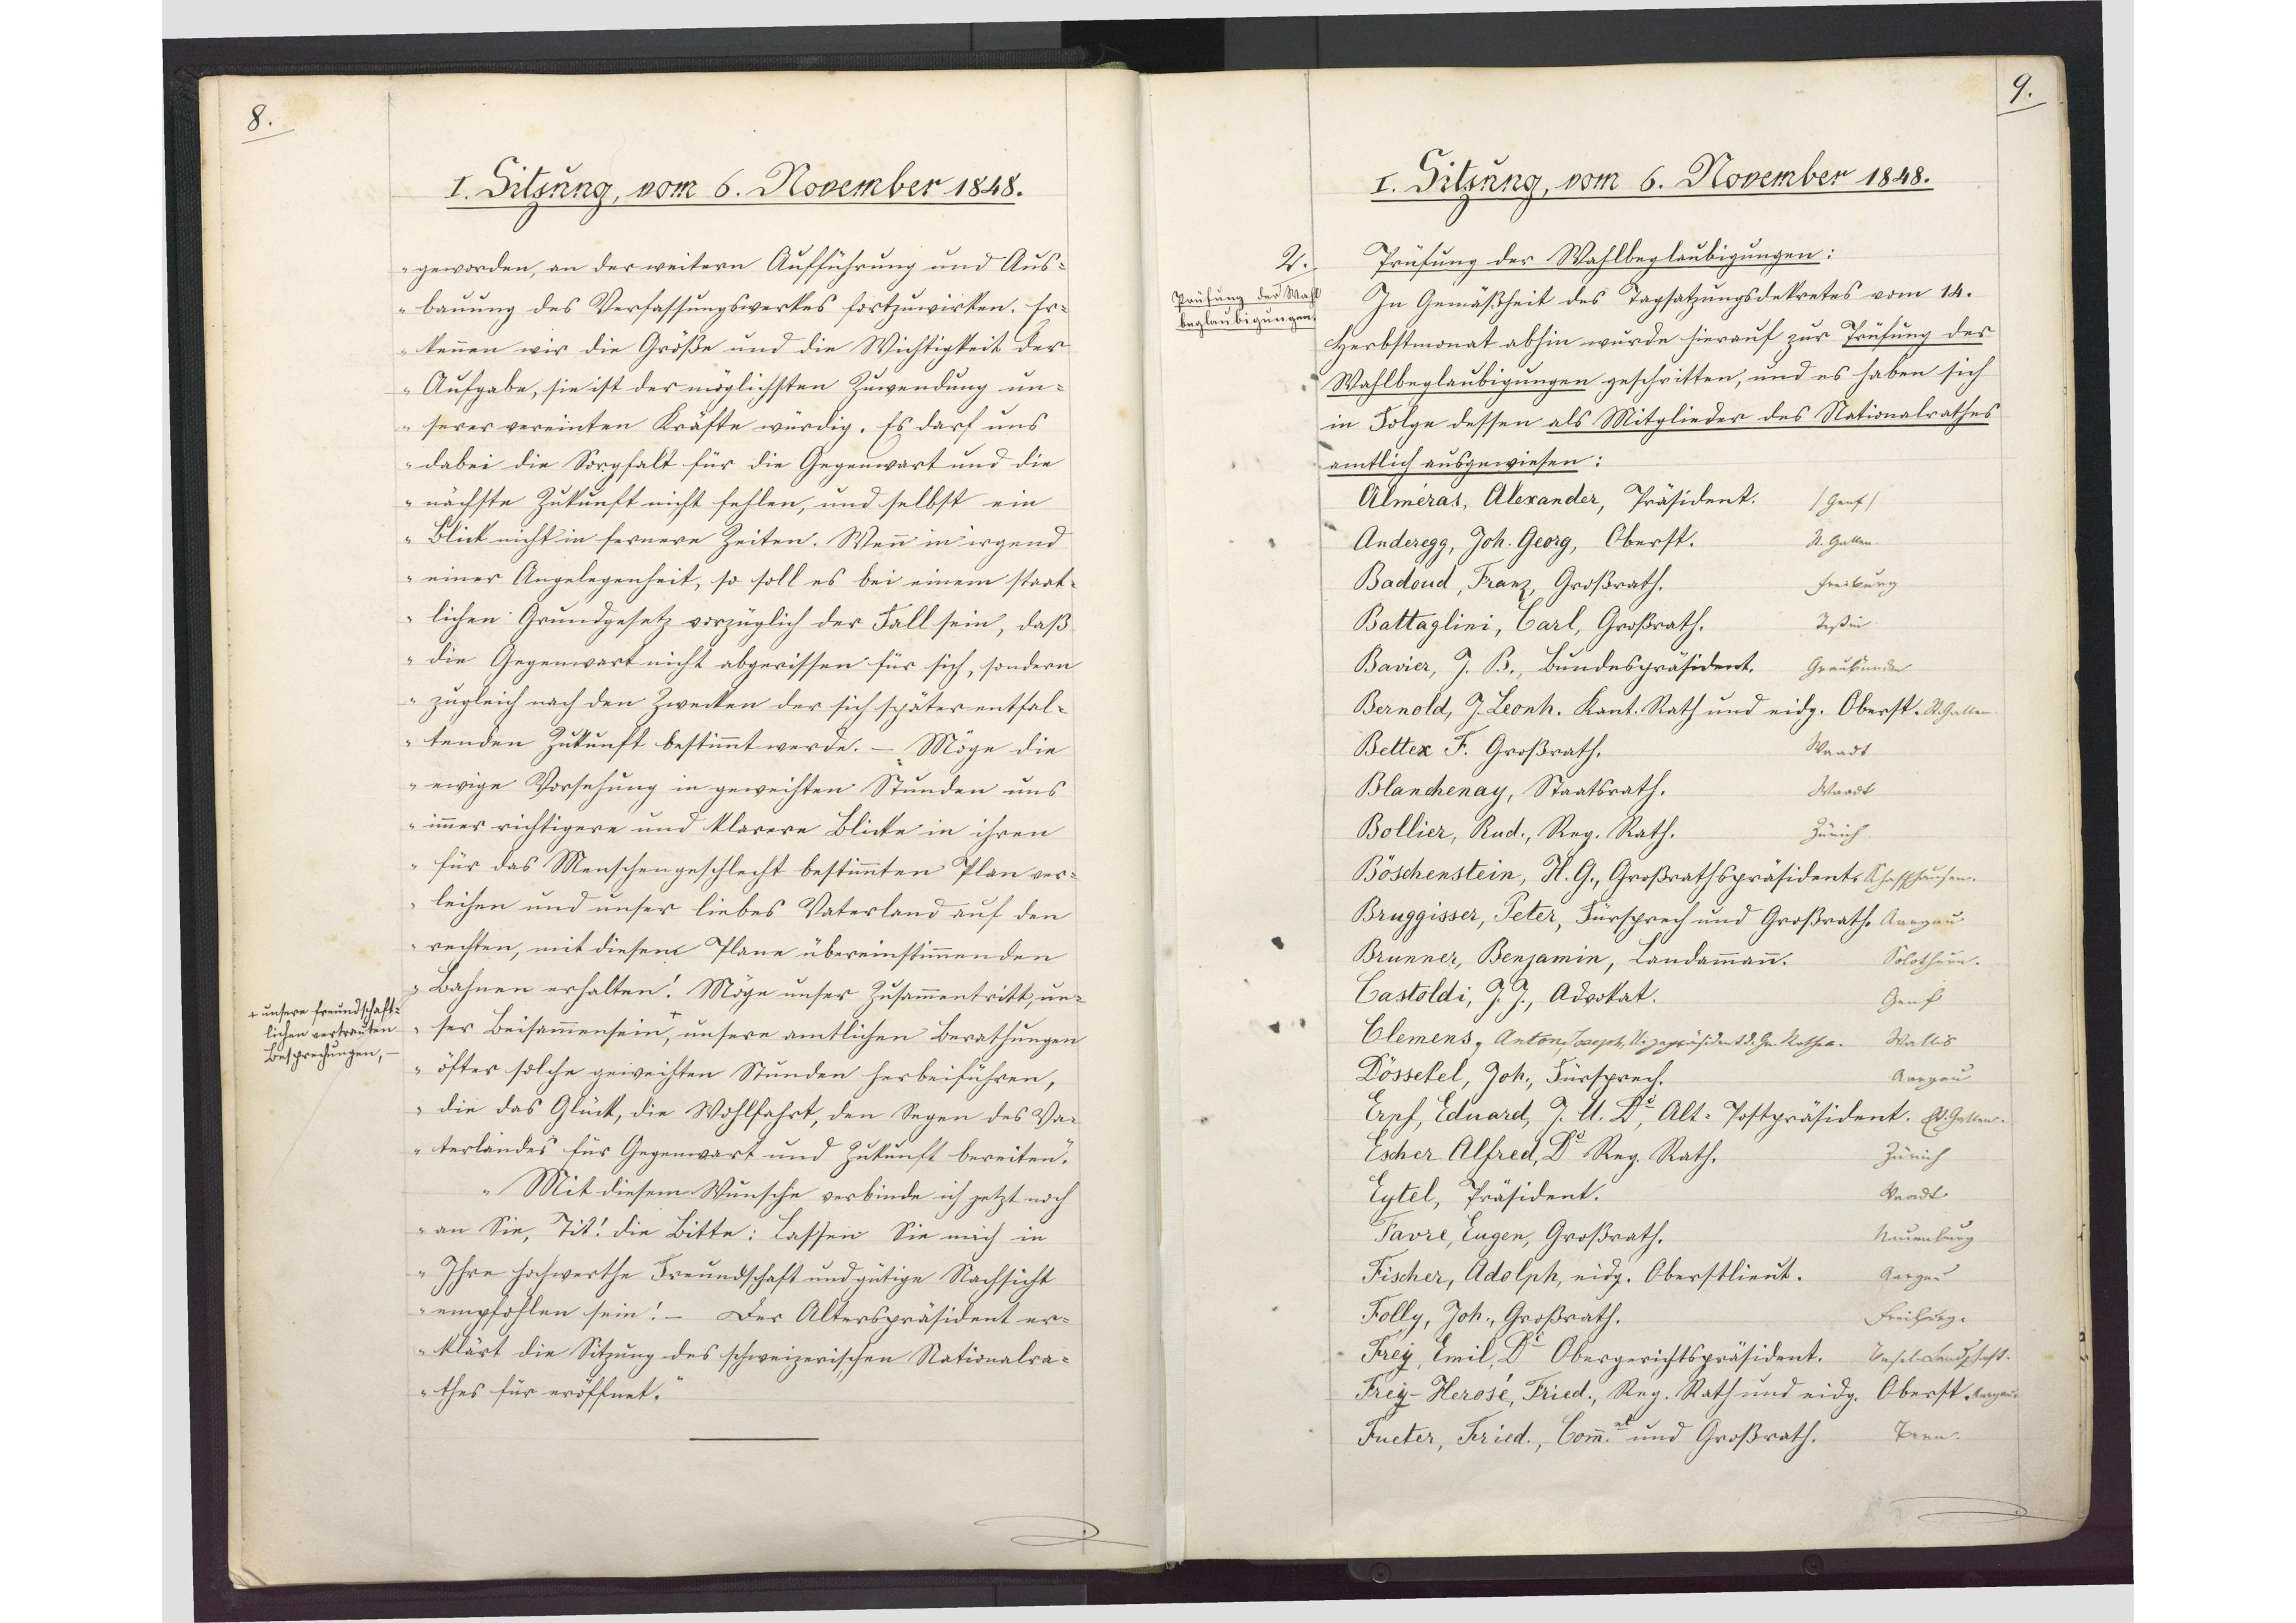
8.

I. Sitzung, vom 6. November 1848.

geworden, an der weitern Aufführung und Aus¬
bauung des Verfassungswerkes fortzuwirken. Er¬
kennen wir die Größe und die Wichtigkeit der
Aufgabe, sie ist der möglichsten Zuwendung un¬
serer vereinten Kräfte würdig. Es darf uns
dabei die Sorgfalt für die Gegenwart und die
nächste Zukunft nicht fehlen, und selbst ein
Blick nicht in fernere Zeiten. Wenn in irgend
einer Angelegenheit, so soll es bei einem staat¬
lichen Grundgesetz vorzüglich der Fall sein, daß
die Gegenwart nicht abgerissen für sich, sondern
zugleich nach den Zwecken der sich später entfal¬
tenden Zukunft bestimmt werde. - Möge die
ewige Vorsehung in geweihten Stunden uns
immer richtigere und klarere Blicke in ihren
für das Menschengeschlecht bestimmten Plan ver¬
leihen und unser liebes Vaterland auf den
rechten, mit diesem Plane übereinstimmenden
Bahnen erhalten! Möge unser Zusammentritt, un¬
ser Beisammensein, + unsere amtlichen Berathungen
öfter solche geweihten Stunden herbeiführen,
die das Glück, die Wohlfahrt, den Segen des Va¬
terlandes für Gegenwart und Zukunft bereiten.
Mit diesem Wunsche verbinde ich jetzt noch
an Sie, Tit! die Bitte: Lassen Sie mich in
Ihre hochwerthe Freundschaft und gütige Nachsicht
empfohlen sein! - Der Alterspräsident er¬
klärt die Sitzung des schweizerischen Nationalra¬
thes für eröffnet.

+ unsere freundschaft¬
lichen vertrauten
Besprechungen,

9.

I. Sitzung, vom 6. November 1848.

Prüfung der Wahlbeglaubigungen:
In Gemäßheit des Tagsatzungsdekretes vom 14.
Herbstmonat abhin wurde hierauf zur Prüfung der
Wahlbeglaubigungen geschritten, und es haben sich
in Folge dessen als Mitglieder des Nationalrathes
amtlich ausgewiesen:
Alméras, Alexander, Präsident.
Genf
Anderegg, Joh. Georg, Oberst.
St. Gallen
Badoud, Franz, Großrath.
Freiburg
Battaglini, Carl, Großrath.
Tessin
Bavier, J. B., Bundespräsident.
Graubünden
Bernold, J. Leonh. Kant. Rath und eidg. Oberst.
St. Gallen
Bettex F. Großrath.
Waadt
Blanchenay, Staatsrath.
Waadt
Bollier, Rud., Reg. Rath.
Zürich
Böschenstein, H. G., Großrathspräsident.
Schaffhausen
Bruggisser, Peter, Fürsprech und Großrath.
Aargau
Brunner, Benjamin, Landammann.
Solothurn
Castoldi, J. J., Advokat.
Genf
Clemens, Anton, Joseph, Vizepräsident d. Gr. Rathes.
Wallis
Dössekel, Joh., Fürsprech.
Aargau
Erpf, Eduard, J. U. Dr., Alt-Postpräsident.
St. Gallen
Escher Alfred, Dr. Reg. Rath.
Zürich
Eytel, Präsident.
Waadt
Favre, Eugen, Großrath.
Neuenburg
Fischer, Adolph, eidg. Oberstlieut.
Aargau
Folly, Joh., Großrath.
Freiburg
Frey, Emil, Dr. Obergerichtspräsident.
Basel-Landschaft
Frey-Herosé, Fried., Reg. Rath und eidg. Oberst.
Aargau
Fueter, Fried., Comm. und Großrath.
Bern

2.
Prüfung der Wahl
beglaubigungen